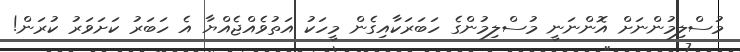
މުސްލިމުންނަށް އޮންނަނީ މުސްލިމުންގެ ހަބަރަކާއިގެން މީހަކު އަތުވެއްޖެއްޔާ އެ ހަބަރު ކަށަވަރު ކުރަން!